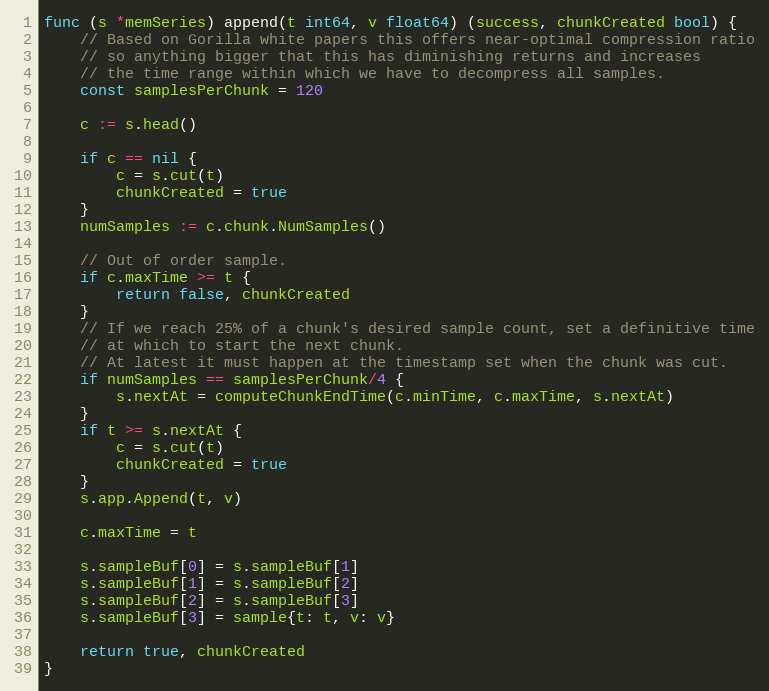
Language: Go
func (s *memSeries) append(t int64, v float64) (success, chunkCreated bool) {
	// Based on Gorilla white papers this offers near-optimal compression ratio
	// so anything bigger that this has diminishing returns and increases
	// the time range within which we have to decompress all samples.
	const samplesPerChunk = 120

	c := s.head()

	if c == nil {
		c = s.cut(t)
		chunkCreated = true
	}
	numSamples := c.chunk.NumSamples()

	// Out of order sample.
	if c.maxTime >= t {
		return false, chunkCreated
	}
	// If we reach 25% of a chunk's desired sample count, set a definitive time
	// at which to start the next chunk.
	// At latest it must happen at the timestamp set when the chunk was cut.
	if numSamples == samplesPerChunk/4 {
		s.nextAt = computeChunkEndTime(c.minTime, c.maxTime, s.nextAt)
	}
	if t >= s.nextAt {
		c = s.cut(t)
		chunkCreated = true
	}
	s.app.Append(t, v)

	c.maxTime = t

	s.sampleBuf[0] = s.sampleBuf[1]
	s.sampleBuf[1] = s.sampleBuf[2]
	s.sampleBuf[2] = s.sampleBuf[3]
	s.sampleBuf[3] = sample{t: t, v: v}

	return true, chunkCreated
}